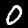
Digit: 0